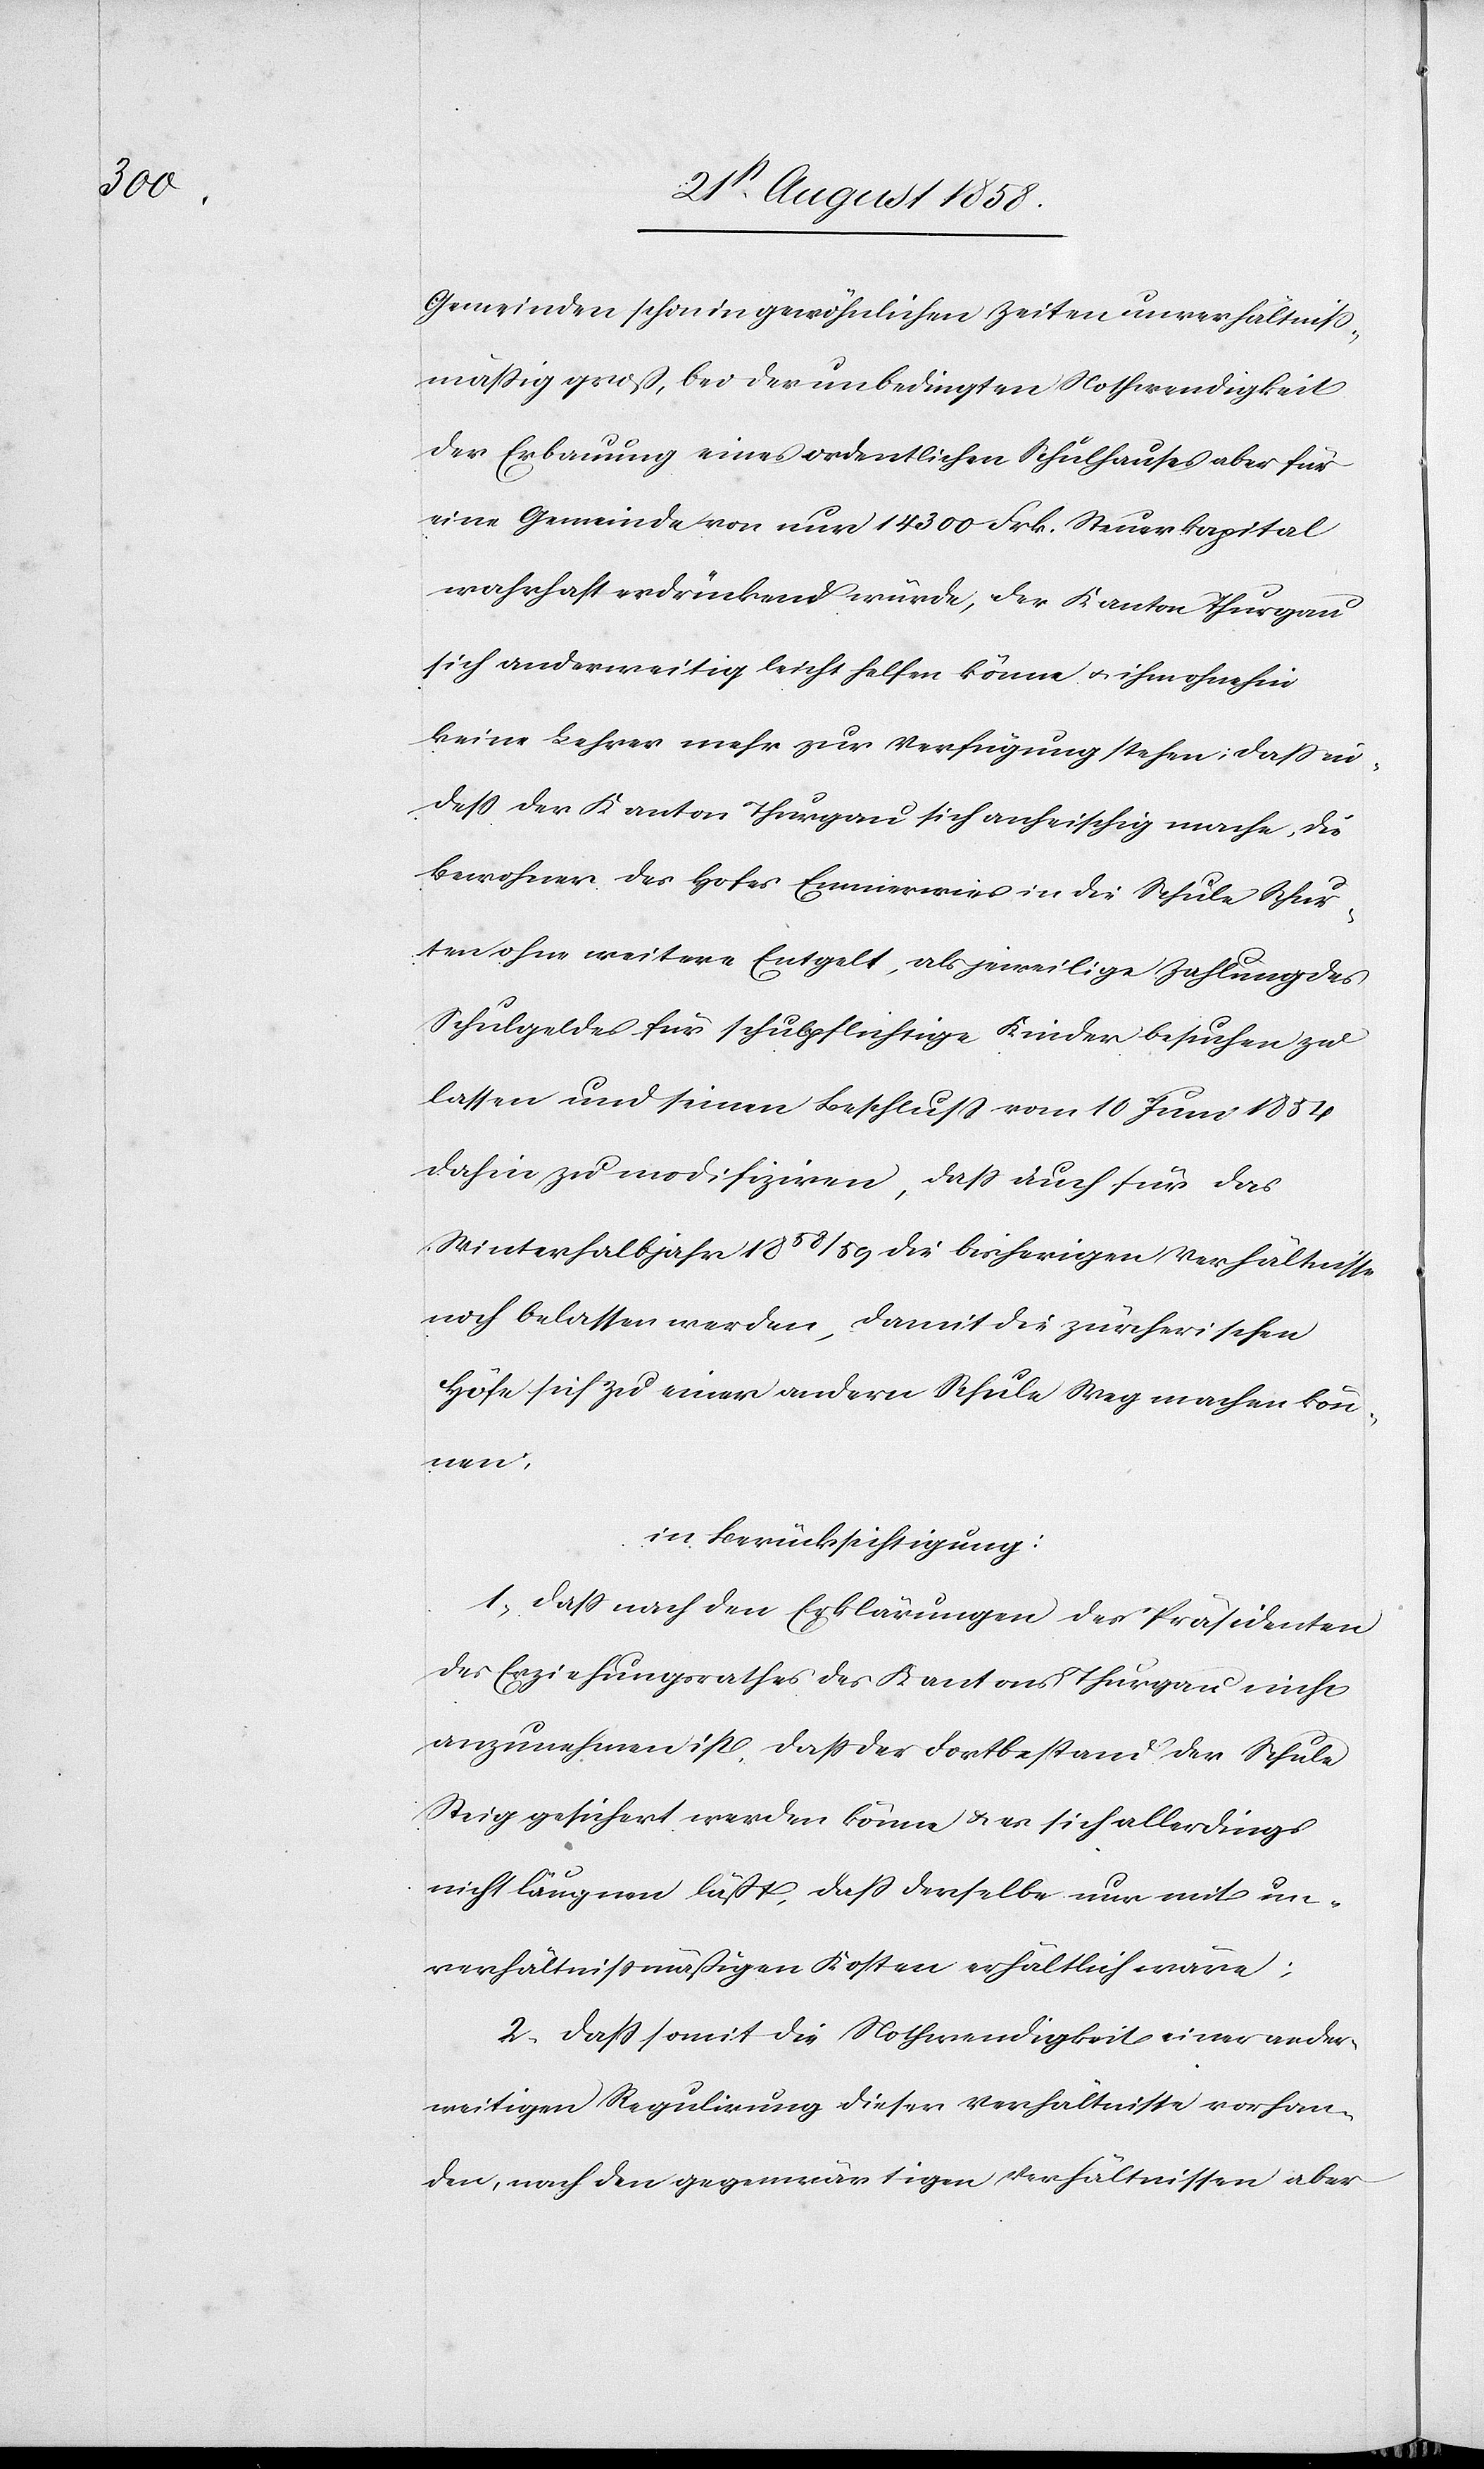
Gemeinden schon in gewöhnlichen Zeiten unverhältniss¬
mässig groß, bei der unbedingten Nothwendigkeit
der Erbauung eines ordentlichen Schulhauses aber für
eine Gemeinde von nur 14 300 Frk. Steuerkapital
wahrhaft erdrückend würde, der Kanton Thurgau
sich anderweitig leicht helfen könne & ihm ohnehin
keine Lehrer mehr zur Verfügung stehen; dass in¬
dess der Kanton Thurgau sich anheischig mache, die
Bewohner des Hofes Emmerwies in die Schule Schur¬
ten ohne weitere[s] Entgelt, als jeweilige Zahlung des
Schulgeldes für schulpflichtige Kinder besuchen zu
lassen und seinen Beschluss vom 10 Juni 1854
dahin zu modifiziren, dass auch für das
Winterhalbjahr 1858/59 die bisherigen Verhältnisse
noch belassen werden, damit die zürcherischen
Höfe sich zu einer andern Schule Weg machen kön¬
nen;
in Berücksichtigung:
1. Dass nach den Erklärungen des Präsidenten
des Erziehungsrathes des Kantons Thurgau nicht
anzunehmen ist, dass der Fortbestand der Schule
Steig gesichert werden könne & es sich allerdings
nicht läugnen läßt, dass derselbe nur mit un¬
verhältnissmäßigen Kosten erhältlich wäre;
2. Dass somit die Nothwendigkeit einer ander¬
weitigen Regulirung dieser Verhältnisse vorhan¬
den, nach den gegenwärtigen Verhältnissen aber